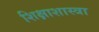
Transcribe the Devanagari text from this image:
शिक्षाशास्त्रा